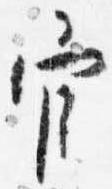
官